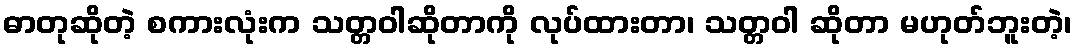
ဓာတုဆိုတဲ့ စကားလုံးက သတ္တဝါဆိုတာကို လုပ်ထားတာ၊ သတ္တဝါ ဆိုတာ မဟုတ်ဘူးတဲ့၊